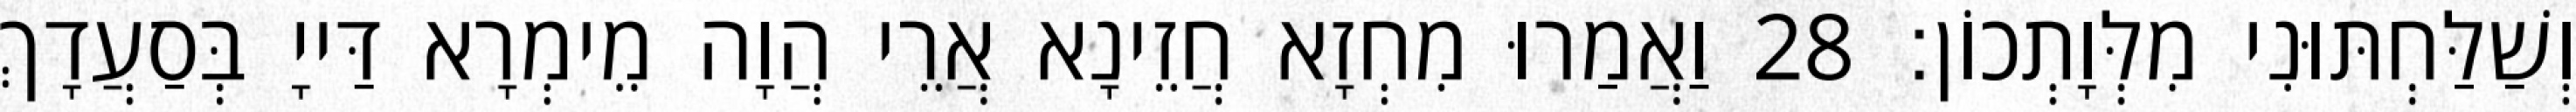
וְשַׁלַּחְתּוּנִי מִלְּוָתְכוֹן׃ 28 וַאֲמַרוּ מִחְזָא חֲזֵינָא אֲרֵי הֲוָה מֵימְרָא דַּייָ בְּסַעֲדָךְ